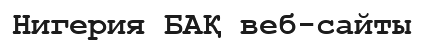
Нигерия БАҚ веб-сайты